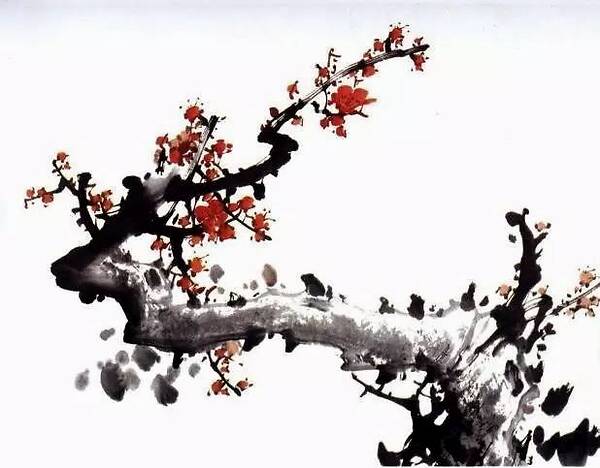
雪里已知春信至。寒梅点缀琼枝腻。